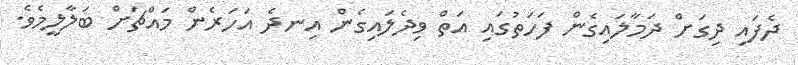
ދެފައި ދިގަށް ދަމާލައިގެން ފަހަތުގައި އަތް ވިދެލައިގެން އިނދެ އަހަރެން މައްޗަށް ބަލާލީމެވެ.